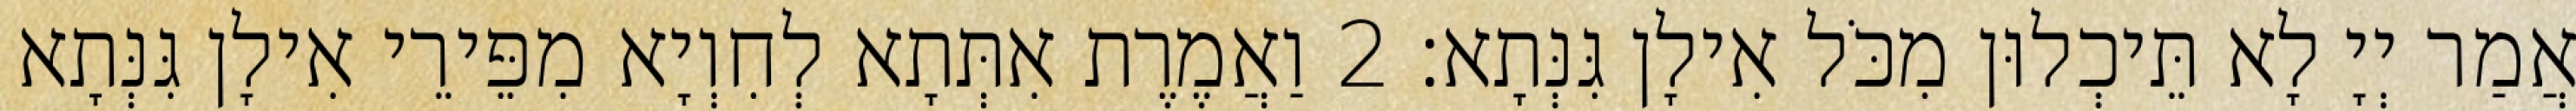
אֲמַר יְיָ לָא תֵּיכְלוּן מִכֹּל אִילָן גִּנְּתָא׃ 2 וַאֲמֶרֶת אִתְּתָא לְחִוְיָא מִפֵּירֵי אִילָן גִּנְּתָא